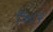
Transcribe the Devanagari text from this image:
९७८२